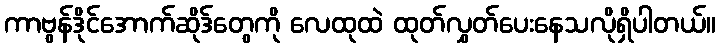
ကာဗွန်ဒိုင်အောက်ဆိုဒ်တွေကို လေထုထဲ ထုတ်လွှတ်ပေးနေသလိုရှိပါတယ်။